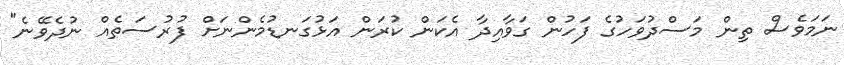
ނަމަވެސް ތިން މަސްދުވަހުގެ ފަހުން ގަވާއިދާ އެކަން ކުރަން އަޅުގަނޑުމެންނަށް ފުރުސަތެއް ނުދެވޭނެ"